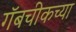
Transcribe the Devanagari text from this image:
गॅबचीकच्या